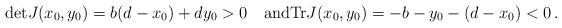
LaTeX: \begin{align*}\mathrm{det}J(x_0,y_0) = b(d-x_0) + dy_0 > 0\quad\mbox{and}\mathrm{Tr}J(x_0,y_0) = -b-y_0-(d-x_0) < 0\,.\end{align*}